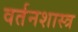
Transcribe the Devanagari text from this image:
वर्तनशास्त्र